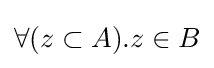
\forall (z\subset A).z\in B